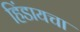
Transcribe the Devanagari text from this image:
हिंडायचा